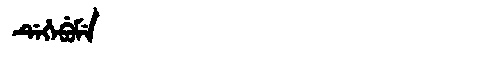
Manchu: ᡩᡝᡥᡝᠪᡠᠮᡝ
Romanization: DEHEBUME